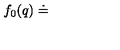
f _ { 0 } ( q ) \doteq